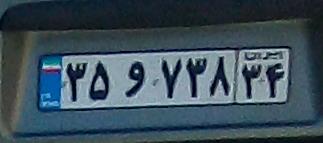
۳۵و۷۳۸۳۴